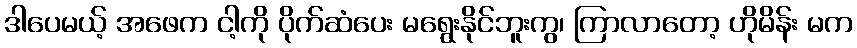
ဒါပေမယ့် အဖေက ငါ့ကို ပိုက်ဆံပေး မရွေးနိုင်ဘူးကွ၊ ကြာလာတော့ ဟိုမိန်း မက